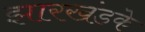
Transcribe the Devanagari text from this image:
झारखंडके